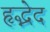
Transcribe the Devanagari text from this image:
हृद्भेद